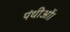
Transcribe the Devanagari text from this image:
पंथीओं।